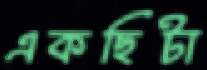
একছিটা